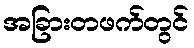
အခြားတဖက်တွင်